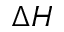
\Delta H